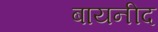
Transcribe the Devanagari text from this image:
बायनीद